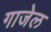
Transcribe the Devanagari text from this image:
गाजेल